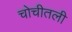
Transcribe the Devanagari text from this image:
चोचीतली